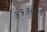
૩૬૩૦૩૧